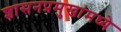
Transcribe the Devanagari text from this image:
शासनप्रमुखांमध्ये